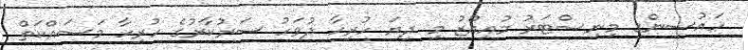
ހައުސިންގ މިނިސްޓަރު މުއިއްޒު މި ދިޔަ ހުރިހާ ދުވަހު ސަރުކާރުގެ ހުރިހާ މަސައްކަތް